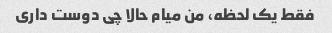
فقط یک لحظه، من میام حالا چی دوست داری